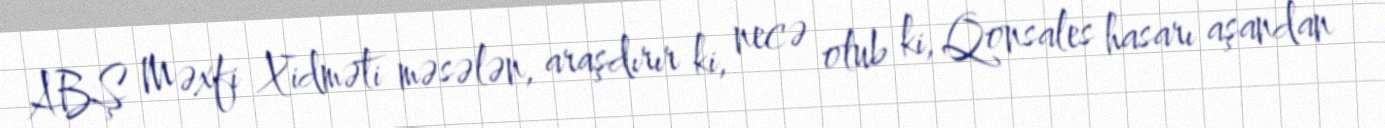
ABŞ Məxfi Xidməti məsələn, araşdırır ki, necə olub ki, Qonsales hasarı aşandan